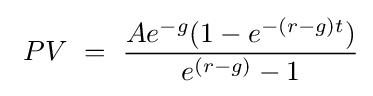
\ PV\ =\ {Ae^{-g}(1-e^{-(r-g)t}) \over e^{(r-g)}-1}